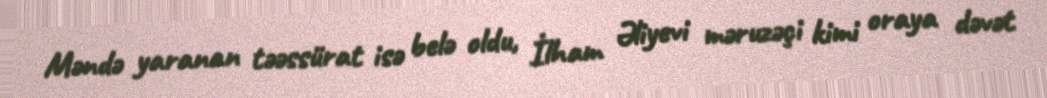
Məndə yaranan təəssürat isə belə oldu, İlham Əliyevi məruzəçi kimi oraya dəvət